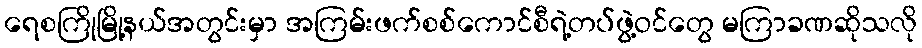
ရေစကြိုမြို့နယ်အတွင်းမှာ အကြမ်းဖက်စစ်ကောင်စီရဲ့တပ်ဖွဲ့ဝင်တွေ မကြာခဏဆိုသလို